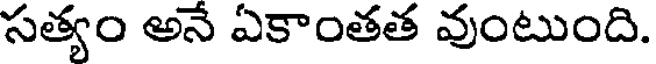
సత్యం అనే ఏకాంతత వుంటుంది.